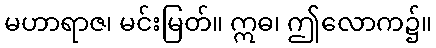
မဟာရာဇ၊ မင်းမြတ်။ ဣဓ၊ ဤလောက၌။